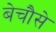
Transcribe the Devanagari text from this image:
बेचौसे